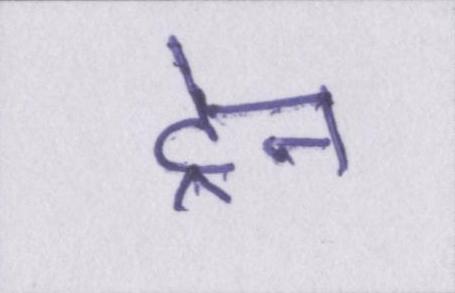
ट्रेन